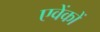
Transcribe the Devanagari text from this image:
एवेंकों